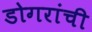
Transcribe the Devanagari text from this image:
डोगरांची